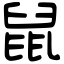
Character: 鼠